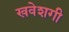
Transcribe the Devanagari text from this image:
खवेशगी